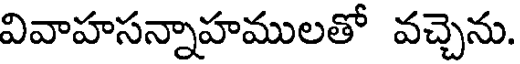
వివాహసన్నాహములతో వచ్చెను.